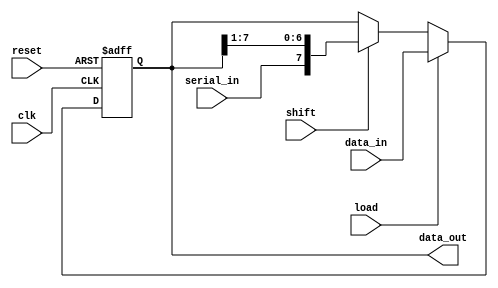
module ParameterizedShiftRegister #(
    parameter WIDTH = 8,          // Parameterized width of the shift register
    parameter SHIFT_DIRECTION = 0 // 0 for right shift, 1 for left shift
)(
    input wire clk,               // Clock signal
    input wire reset,             // Asynchronous reset signal
    input wire [WIDTH-1:0] data_in, // Parallel input data
    input wire serial_in,         // Serial input data (for serial shifting)
    input wire load,              // Load signal for parallel input
    input wire shift,             // Shift signal to control shifting operation
    output reg [WIDTH-1:0] data_out // Current state of the shift register
);

    // Asynchronous reset
    always @(posedge clk or posedge reset) begin
        if (reset) begin
            data_out <= {WIDTH{1'b0}}; // Initialize all bits to zero
        end else if (load) begin
            data_out <= data_in; // Load parallel data
        end else if (shift) begin
            if (SHIFT_DIRECTION == 0) begin
                // Right shift
                data_out <= {serial_in, data_out[WIDTH-1:1]};
            end else begin
                // Left shift
                data_out <= {data_out[WIDTH-2:0], 1'b0}; // Shift left and fill with 0
            end
        end
    end

endmodule